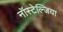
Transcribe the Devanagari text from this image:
नॉस्टेल्जिया